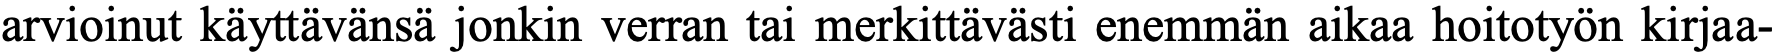
arvioinut käyttävänsä jonkin verran tai merkittävästi enemmän aikaa hoitotyön kirjaa-